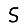
Digit: 5